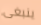
ينبغى